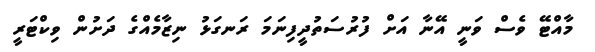
މާއްޓޭ ވެސް ވަނީ އޭނާ އަށް ފުރުސަތުދީފިނަމަ ރަނގަޅު ނިޒާމެއްގެ ދަށުން ވިކްޓަރީ